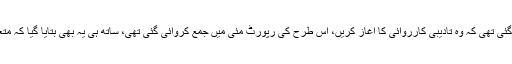
رپورٹ میں مزید کہا گیا کہ متعلقہ محکموں کو ہدایت دی گئی تھی کہ وہ تادیبی کارروائی کا آغاز کریں، اس طرح کی رپورٹ مئی میں جمع کروائی گئی تھی، ساتھ ہی یہ بھی بتایا گیا کہ متعلقہ محکموں کی جانب سے حکم پر عمل درآمد کیا گیا ہے۔